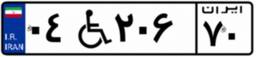
۰۴W۲۰۶۷۰